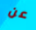
عن